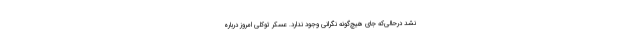
نشد درحالی‌که جای هیچ‌گونه نگرانی وجود ندارد. عسکر توکلی امروز درباره